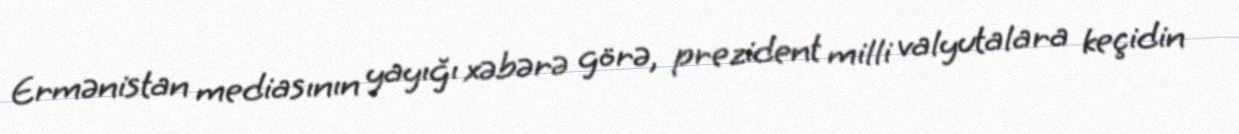
Ermənistan mediasının yayığı xəbərə görə, prezident milli valyutalara keçidin